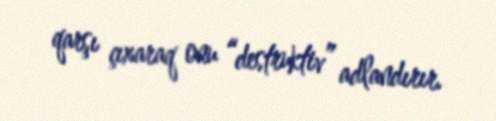
qarşı çıxaraq onu “destruktiv” adlandırır.